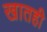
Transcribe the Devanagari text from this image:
खातही